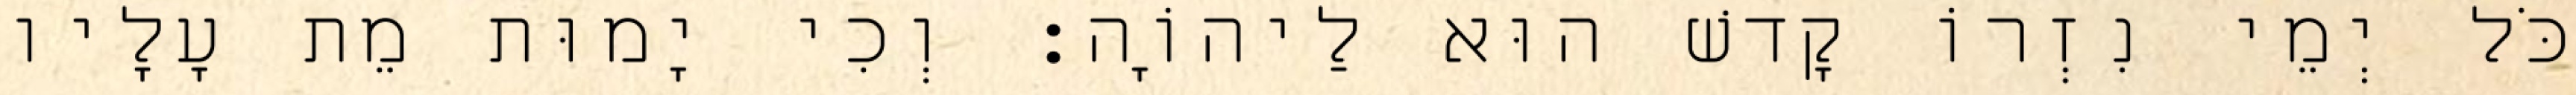
כֹּל יְמֵי נִזְרוֹ קָדשׁ הוּא לַיהוָֹה׃ וְכִי יָמוּת מֵת עָלָיו